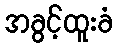
အခွင့်ထူးခံ